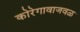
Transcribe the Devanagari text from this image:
कोरेगावाजवळ